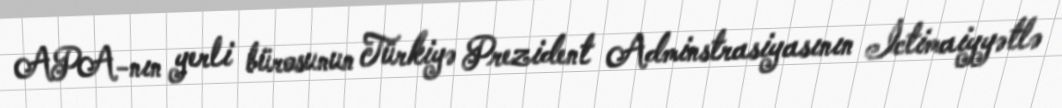
APA-nın yerli bürosunun Türkiyə Prezident Adminstrasiyasının İctimaiyyətlə